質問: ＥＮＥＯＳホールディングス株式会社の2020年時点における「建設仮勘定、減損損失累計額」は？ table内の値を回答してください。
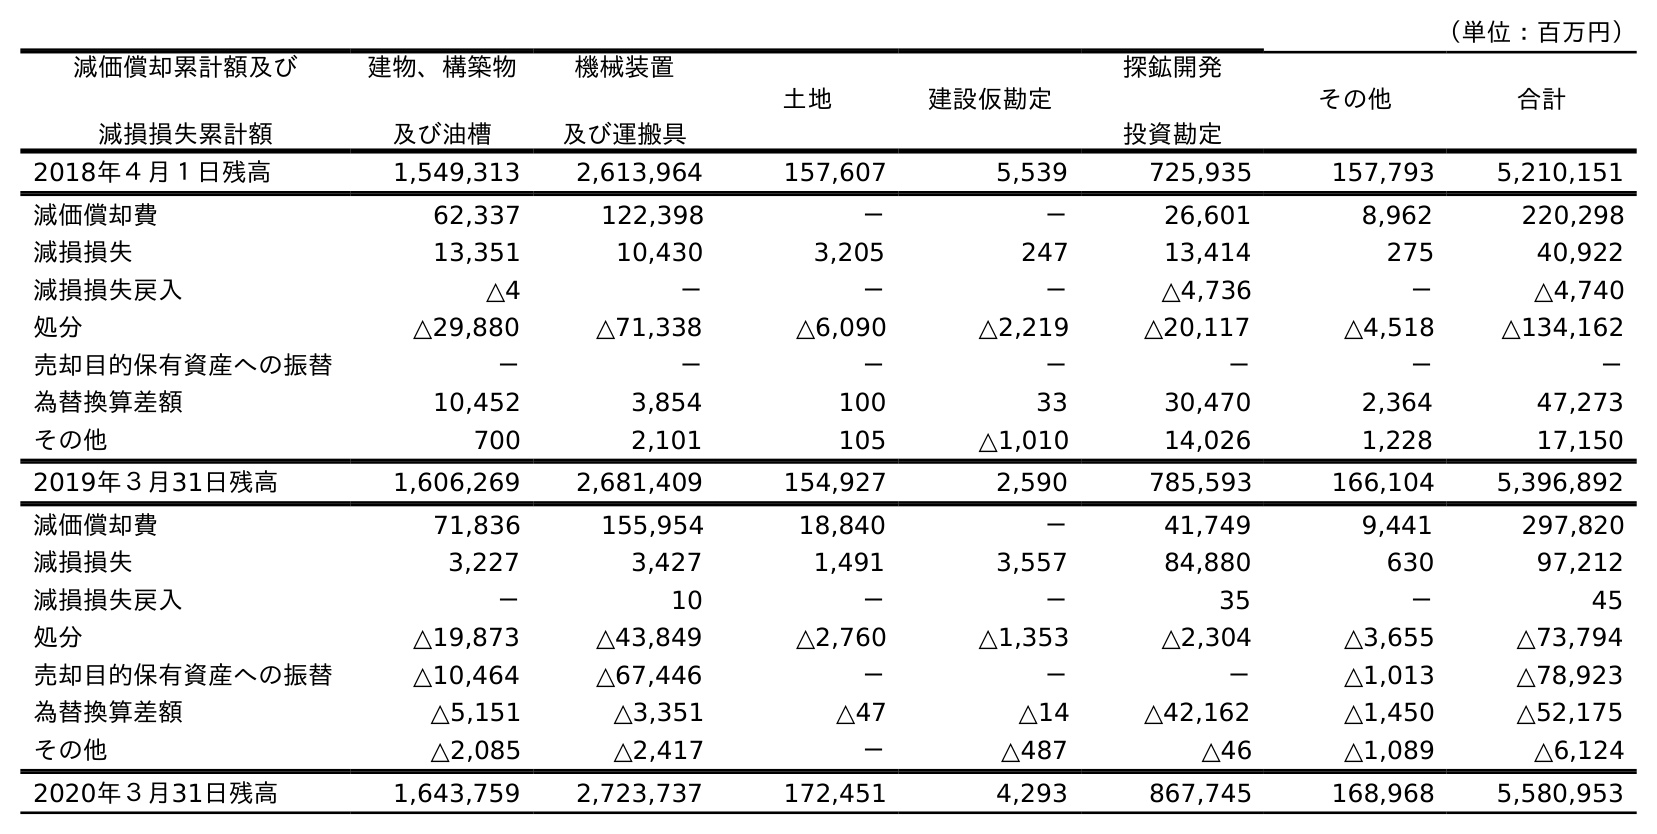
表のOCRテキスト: （単位：百万円） 減価償却累計額及び 減損損失累計額 建物、構築物 及び油槽 機械装置 及び運搬具 土地 建設仮勘定 探鉱開発 投資勘定 その他 合計 2018年４月１日残高 1,549,313 2,613,964 157,607 5,539 725,935 157,793 5,210,151 減価償却費 62,337 122,398 － － 26,601 8,962 220,298 減損損失 13,351 10,430 3,205 247 13,414 275 40,922 減損損失戻入 △4 － － － △4,736 － △4,740 処分 △29,880 △71,338 △6,090 △2,219 △20,117 △4,518 △134,162 売却目的保有資産への振替 － － － － － － － 為替換算差額 10,452 3,854 100 33 30,470 2,364 47,273 その他 700 2,101 105 △1,010 14,026 1,228 17,150 2019年３月31日残高 1,606,269 2,681,409 154,927 2,590 785,593 166,104 5,396,892 減価償却費 71,836 155,954 18,840 － 41,749 9,441 297,820 減損損失 3,227 3,427 1,491 3,557 84,880 630 97,212 減損損失戻入 － 10 － － 35 － 45 処分 △19,873 △43,849 △2,760 △1,353 △2,304 △3,655 △73,794 売却目的保有資産への振替 △10,464 △67,446 － － － △1,013 △78,923 為替換算差額 △5,151 △3,351 △47 △14 △42,162 △1,450 △52,175 その他 △2,085 △2,417 － △487 △46 △1,089 △6,124 2020年３月31日残高 1,643,759 2,723,737 172,451 4,293 867,745 168,968 5,580,953
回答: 4,293